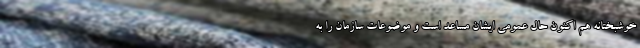
خوشبختانه هم اکنون حال عمومی ایشان مساعد است و موضوعات سازمان را به